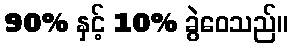
90% နှင့် 10% ခွဲဝေသည်။